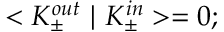
< K _ { \pm } ^ { o u t } \ | \ K _ { \pm } ^ { i n } > = 0 ;